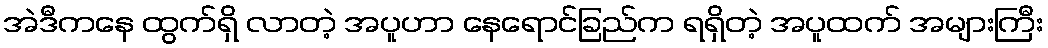
အဲဒီကနေ ထွက်ရှိ လာတဲ့ အပူဟာ နေရောင်ခြည်က ရရှိတဲ့ အပူထက် အများကြီး